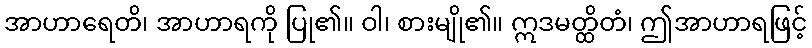
အာဟာရေတိ၊ အာဟာရကို ပြု၏။ ဝါ၊ စားမျို၏။ ဣဒမတ္ထိတံ၊ ဤအာဟာရဖြင့်